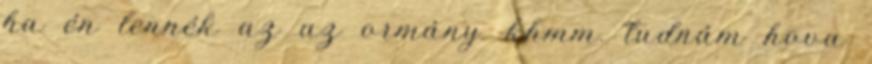
ha én lennék az az ormány. khmm. tudnám hova